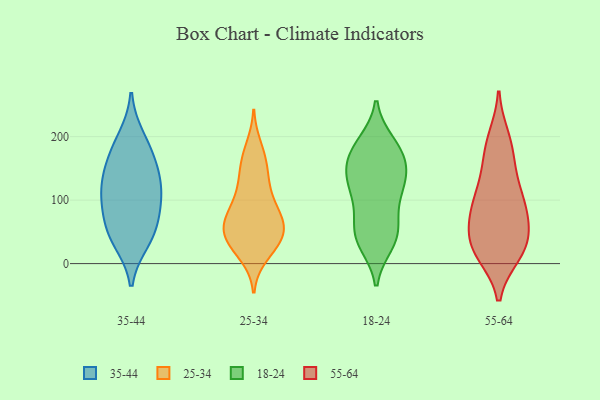
{"axis": {"x": "Latency (ms)", "y": "Value"}, "legend": ["18-24", "25-34", "35-44", "55-64"], "data": [{"x": "", "y": 92, "type": "35-44"}, {"x": "", "y": 173, "type": "35-44"}, {"x": "", "y": 44, "type": "35-44"}, {"x": "", "y": 85, "type": "35-44"}, {"x": "", "y": 36, "type": "35-44"}, {"x": "", "y": 163, "type": "35-44"}, {"x": "", "y": 118, "type": "35-44"}, {"x": "", "y": 122, "type": "35-44"}, {"x": "", "y": 54, "type": "35-44"}, {"x": "", "y": 132, "type": "35-44"}, {"x": "", "y": 198, "type": "35-44"}, {"x": "", "y": 49, "type": "25-34"}, {"x": "", "y": 98, "type": "25-34"}, {"x": "", "y": 49, "type": "25-34"}, {"x": "", "y": 166, "type": "25-34"}, {"x": "", "y": 183, "type": "25-34"}, {"x": "", "y": 41, "type": "25-34"}, {"x": "", "y": 124, "type": "25-34"}, {"x": "", "y": 24, "type": "25-34"}, {"x": "", "y": 36, "type": "25-34"}, {"x": "", "y": 14, "type": "25-34"}, {"x": "", "y": 61, "type": "25-34"}, {"x": "", "y": 75, "type": "25-34"}, {"x": "", "y": 33, "type": "25-34"}, {"x": "", "y": 70, "type": "25-34"}, {"x": "", "y": 108, "type": "25-34"}, {"x": "", "y": 66, "type": "25-34"}, {"x": "", "y": 76, "type": "25-34"}, {"x": "", "y": 139, "type": "25-34"}, {"x": "", "y": 157, "type": "25-34"}, {"x": "", "y": 80, "type": "18-24"}, {"x": "", "y": 125, "type": "18-24"}, {"x": "", "y": 107, "type": "18-24"}, {"x": "", "y": 38, "type": "18-24"}, {"x": "", "y": 185, "type": "18-24"}, {"x": "", "y": 54, "type": "18-24"}, {"x": "", "y": 117, "type": "18-24"}, {"x": "", "y": 32, "type": "18-24"}, {"x": "", "y": 165, "type": "18-24"}, {"x": "", "y": 138, "type": "18-24"}, {"x": "", "y": 153, "type": "18-24"}, {"x": "", "y": 181, "type": "18-24"}, {"x": "", "y": 162, "type": "18-24"}, {"x": "", "y": 51, "type": "18-24"}, {"x": "", "y": 128, "type": "18-24"}, {"x": "", "y": 40, "type": "18-24"}, {"x": "", "y": 189, "type": "18-24"}, {"x": "", "y": 98, "type": "55-64"}, {"x": "", "y": 76, "type": "55-64"}, {"x": "", "y": 118, "type": "55-64"}, {"x": "", "y": 187, "type": "55-64"}, {"x": "", "y": 75, "type": "55-64"}, {"x": "", "y": 35, "type": "55-64"}, {"x": "", "y": 168, "type": "55-64"}, {"x": "", "y": 34, "type": "55-64"}, {"x": "", "y": 19, "type": "55-64"}, {"x": "", "y": 77, "type": "55-64"}, {"x": "", "y": 96, "type": "55-64"}, {"x": "", "y": 140, "type": "55-64"}, {"x": "", "y": 16, "type": "55-64"}, {"x": "", "y": 197, "type": "55-64"}, {"x": "", "y": 20, "type": "55-64"}, {"x": "", "y": 34, "type": "55-64"}]}